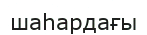
шаһардағы